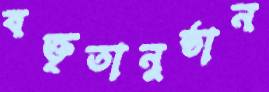
বক্তৃতানুষ্ঠান